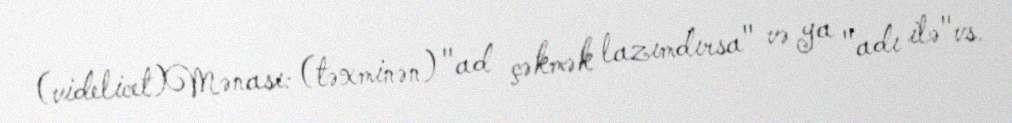
(videlicet)Mənası: (təxminən) "ad çəkmək lazımdırsa" və ya "adı ilə"vs.